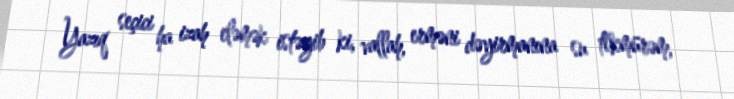
Yazıq seçici ha izah eləmək istəyib ki, vallah, erməni dəyirmanına su tökmürəm,